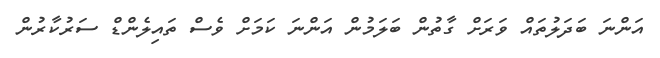
އަންނަ ބަދަލުތައް ވަރަށް ގާތުން ބަލަމުން އަންނަ ކަމަށް ވެސް ތައިލެންޑް ސަރުކާރުން